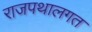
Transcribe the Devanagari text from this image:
राजपथालगत